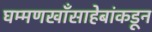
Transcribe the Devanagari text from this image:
घम्मणखाँसाहेबांकडून